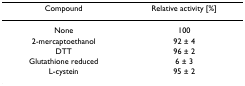
<table><thead><tr><td><b>Compound</b></td><td><b>Relative activity [%]</b></td></tr></thead><tbody><tr><td>None</td><td>100</td></tr><tr><td>2-mercaptoethanol</td><td>92 ± 4</td></tr><tr><td>DTT</td><td>96 ± 2</td></tr><tr><td>Glutathione reduced</td><td>6 ± 3</td></tr><tr><td>L-cystein</td><td>95 ± 2</td></tr></tbody></table>